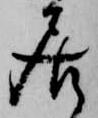
居